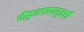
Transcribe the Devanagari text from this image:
चौफुल्यापासूनही